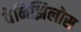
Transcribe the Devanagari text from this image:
वेनिझिलोस